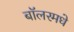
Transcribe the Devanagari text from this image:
बॉलरमधे